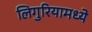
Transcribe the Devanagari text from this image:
लिगुरियामध्ये